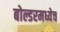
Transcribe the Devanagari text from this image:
बोल्डरमध्येच